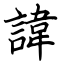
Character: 諱